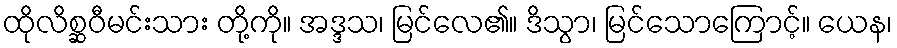
ထိုလိစ္ဆဝီမင်းသား တို့ကို။ အဒ္ဒသ၊ မြင်လေ၏။ ဒိသွာ၊ မြင်သောကြောင့်။ ယေန၊